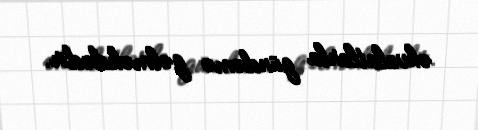
əhvalatlarla gündəmə gəlməkdədir.